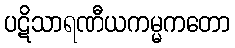
ပဋိသာရဏီယကမ္မကတော